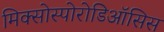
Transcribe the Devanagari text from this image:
मिक्सोस्पोरोडिऑसिस